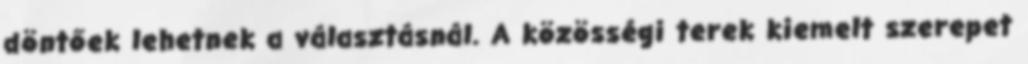
döntőek lehetnek a választásnál. A közösségi terek kiemelt szerepet